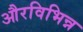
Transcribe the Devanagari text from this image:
औरविभिन्न